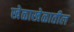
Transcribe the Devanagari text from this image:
खेळाखेळातील